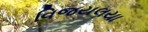
વિજયલયા